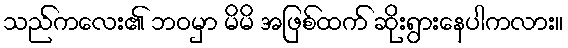
သည်ကလေး၏ ဘဝမှာ မိမိ အဖြစ်ထက် ဆိုးရွားနေပါကလား။